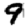
Digit: 9